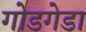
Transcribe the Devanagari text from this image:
गोडगेडा